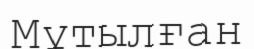
Мұтылған